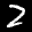
Label: 2